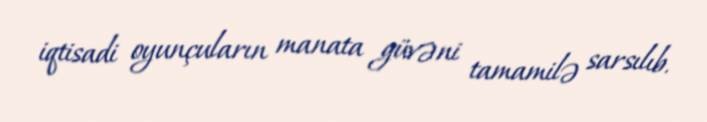
iqtisadi oyunçuların manata güvəni tamamilə sarsılıb.